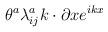
LaTeX: \begin{align*}\theta ^{a}\lambda _{ij}^{a}k\cdot \partial xe^{ikx}\end{align*}